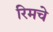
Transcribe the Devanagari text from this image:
रिमचे